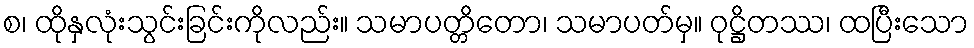
စ၊ ထိုနှလုံးသွင်းခြင်းကိုလည်း။ သမာပတ္တိတော၊ သမာပတ်မှ။ ဝုဋ္ဌိတဿ၊ ထပြီးသော